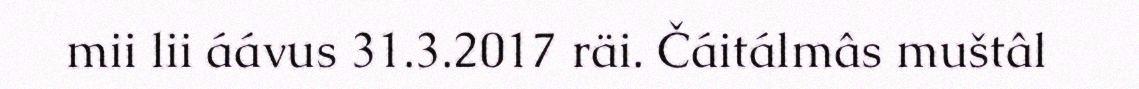
mii lii áávus 31.3.2017 räi. Čáitálmâs muštâl